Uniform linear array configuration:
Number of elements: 24
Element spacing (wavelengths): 0.25
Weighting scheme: kaiser
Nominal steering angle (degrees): -45
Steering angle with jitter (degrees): -45.837
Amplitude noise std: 0.05
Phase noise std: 0.05

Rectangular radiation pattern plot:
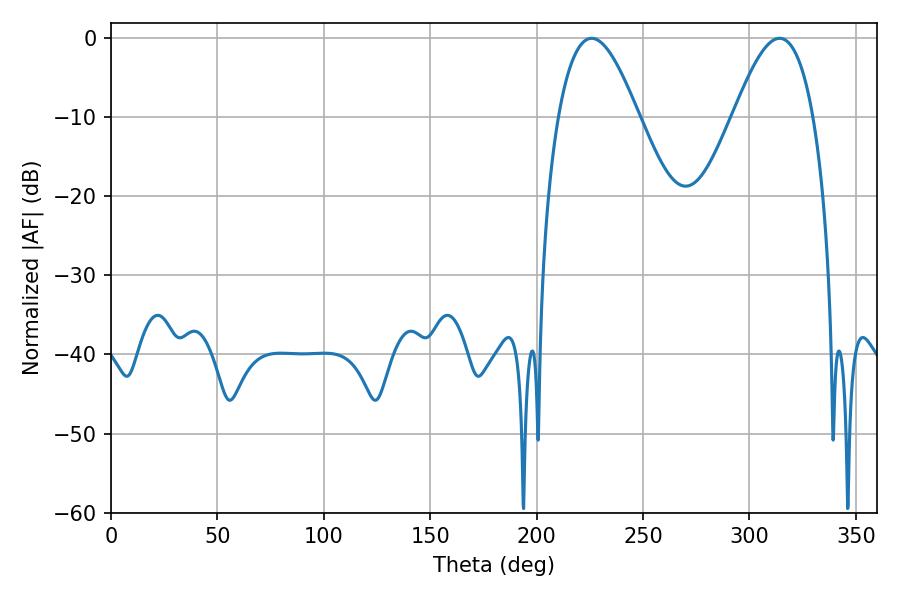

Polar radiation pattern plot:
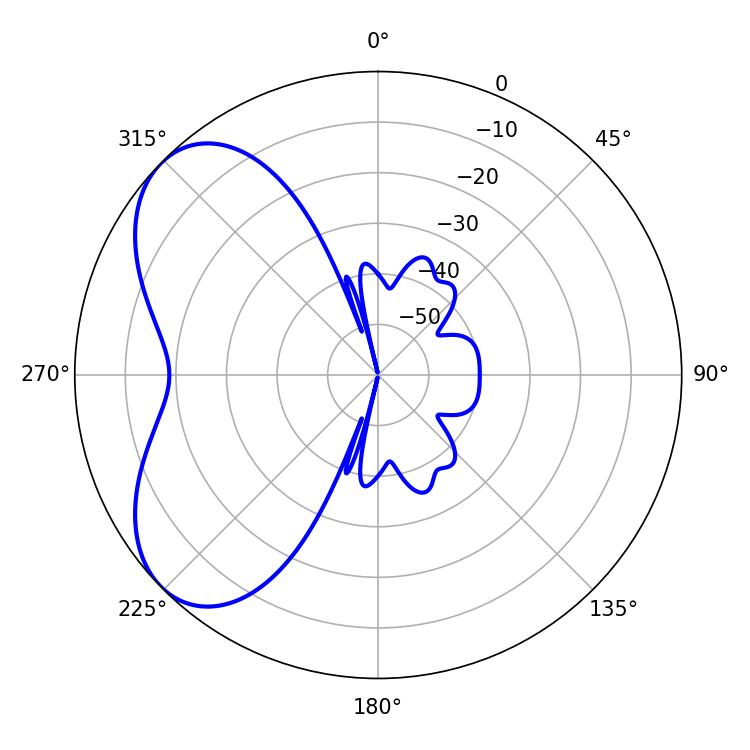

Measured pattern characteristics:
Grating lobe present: FALSE
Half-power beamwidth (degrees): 20.34
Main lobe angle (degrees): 225.9